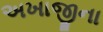
અખાજીના